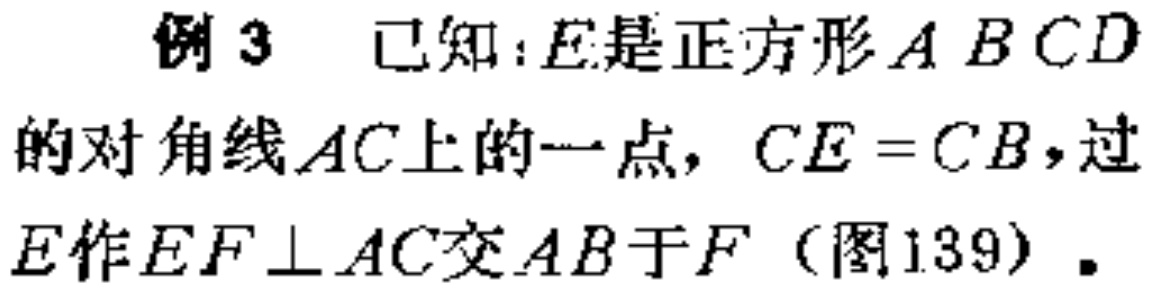
例 3 已知：\(E\)是正方形\(ABCD\)的对角线\(AC\)上的一点，\(CE = CB\)，过\(E\)作\(EF\perp AC\)交\(AB\)于\(F\)（图139）.